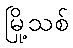
မြို့သစ်